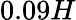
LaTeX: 0.09H